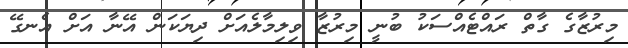
މިރުޒާގެ ގާތް ރައްޓެއްސަކު ބުނީ މިރުޒާ ވިލިމާލެއަށް ދިޔަކަން އޭނާ އަށް އެނގޭ